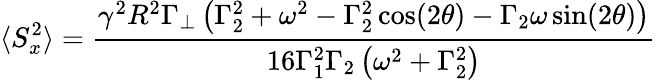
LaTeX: \langle S_{x}^{2}\rangle=\frac{\gamma^{2}R^{2}\Gamma_{\perp}\left(\Gamma_{2}^{2}+\omega^{2}-\Gamma_{2}^{2}\cos(2\theta)-\Gamma_{2}\omega\sin(2\theta)\right)}{16\Gamma_{1}^{2}\Gamma_{2}\left(\omega^{2}+\Gamma_{2}^{2}\right)}